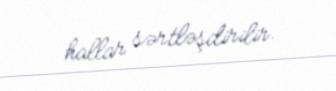
hallar sərtləşdirilir.